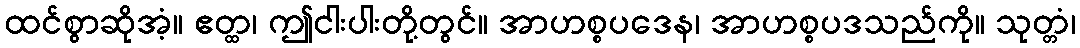
ထင်စွာဆိုအံ့။ ဧတ္ထ၊ ဤငါးပါးတို့တွင်။ အာဟစ္စပဒေန၊ အာဟစ္စပဒသည်ကို။ သုတ္တံ၊